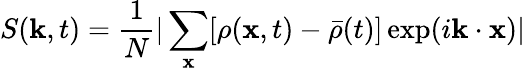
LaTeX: S(\mathbf{k},t)=\frac{1}{N}|\sum_{\mathbf{x}}[\rho(\mathbf{x},t)-\bar{\rho}(t)]\exp(i\mathbf{k}\cdot\mathbf{x})|